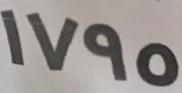
1795